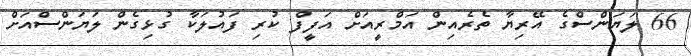
66 ލަޔަންސްގެ އޭރިޔާ ތެރެއިން އަމްރީއަށް އަފީފް ކުރި ފައުލަކާ ގުޅިގެން ލަޔަންސްއަށް